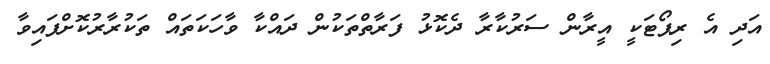
އަދި އެ ރިޕޯޓަކީ އީރާން ސަރުކާރާ ދެކޮޅު ފަރާތްތަކުން ދައްކާ ވާހަކަތައް ތަކުރާރުކޮށްފައިވާ